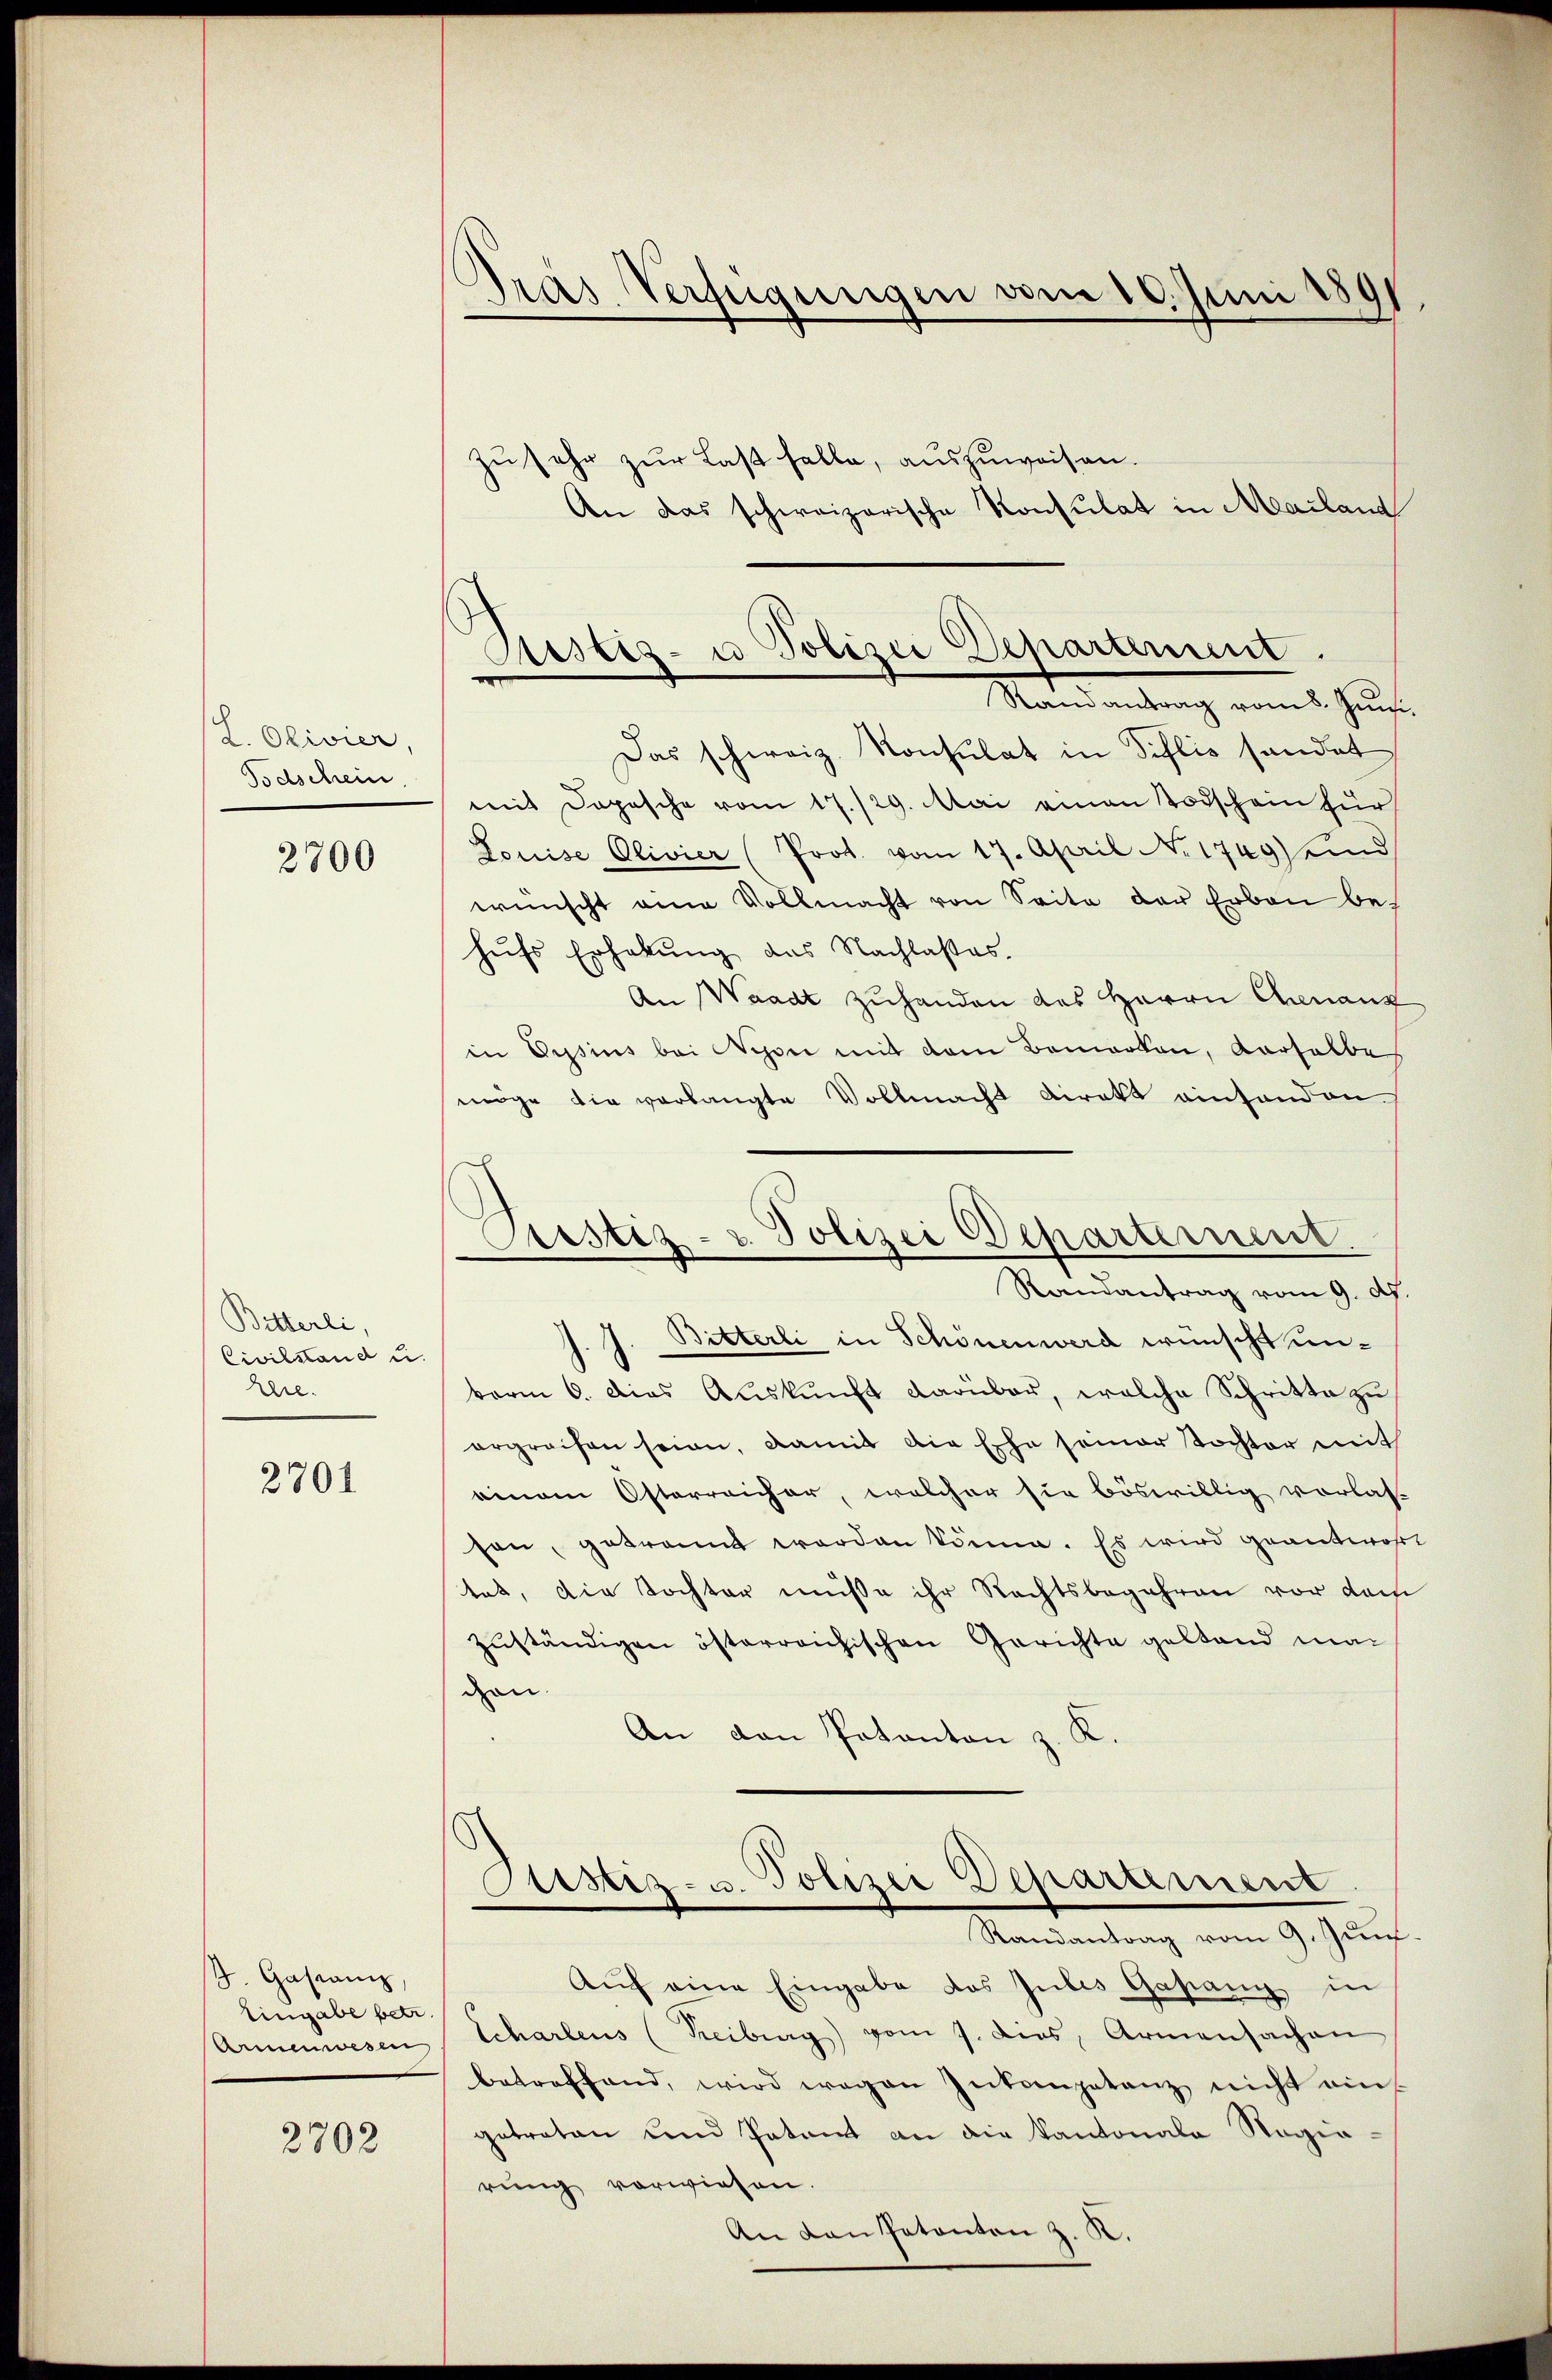
¬
L. Olivier,
Todschein

2700

Bitterli,
Civilstand u.
are.

2701

S. Gastanz
Eingabe betr.
Armenwesen

2702

Gras Verfügungen am 10. Juni 1891

Ristis- u Polizei Departement
Randantrag vom 8. Juni.

zu sehr zur Last falle, auszuweisen.
An das schweizerische Konsulat in Mailand
Das schweiz. Konsulat in Sihlis handet
mit Dopische vom 17./29. Mai einen Todschein für
Louise Olivier (Prot. vom 17. April N. 1749) eind
wünscht eine Vollmacht von Seite der Erbau behŭfs Erhebŭng des Nachlasses.
An Waadt zuhanden das Herrn Chinanz
in Gysius bei Nyon mit dem Bemerken, verselbe,
möge die verlangte Vollmacht direkt einhanden
Bitterli in Schönen werd wünscht un¬
1
berm 6. Dies Auskunft darüber, welche Schritte zu
ergreifen seien, damit die Ehe seiner Tochter mit
einem Osterreicher, welcher sie böswillig vorlas-
son, getrannt worden könne. Es wird geantwort
tet, die Tochter müsse ihr Rechtsbegehren vor dam
zuständigen österreichischen Gerichte gestand man
den.
An von Patanton z. K.
tistiz- u. Polizei Departement
Randantrag vom 9. Jun
Aŭf eine Eingabe das Julis Gasang in
Schartens (Reiburg) vom 7. dies, Armensachen
betreffend, wird wegen Inkompetanz nicht ein
getraten und Patent an die Kantonala Ragiarung vorwiesen.

.
Justiz- u. Polizei Scharternent.
Randantrag vom 9. d.